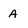
Character: A